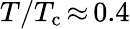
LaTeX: T/T_{\mathrm{c}}\, {\approx}\, 0.4